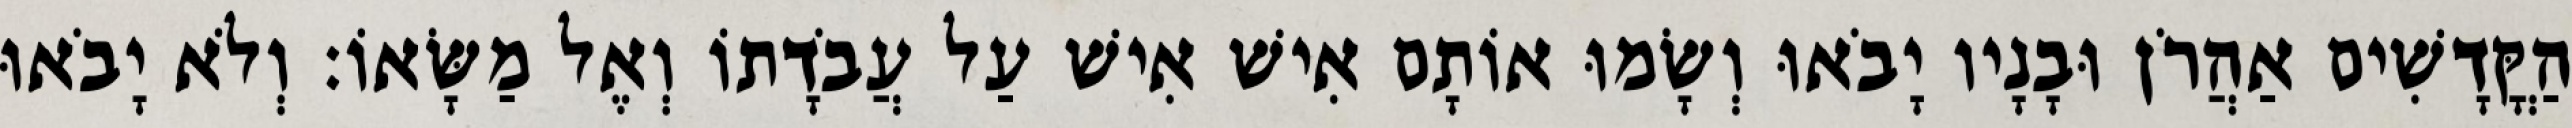
הַקֳּדָשִׁים אַהֲרֹן וּבָנָיו יָבֹאוּ וְשָׂמוּ אוֹתָם אִישׁ אִישׁ עַל עֲבֹדָתוֹ וְאֶל מַשָּׂאוֹ׃ וְלֹא יָבֹאוּ